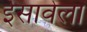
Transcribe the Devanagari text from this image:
ईसावेला